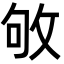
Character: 敂